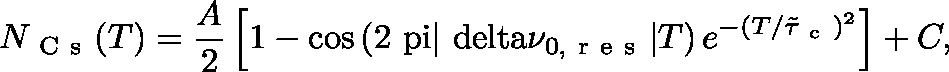
N _ { \mathrm { ~ C ~ s ~ } } ( T ) = \frac { A } { 2 } \left[ 1 - \cos \left( 2 \mathrm { \ p i } | \mathrm { \ d e l t a } \nu _ { 0 , \mathrm { ~ r ~ e ~ s ~ } } | T \right) e ^ { - ( T / \tilde { \mathit { \tau } } _ { \mathrm { ~ c ~ } } ) ^ { 2 } } \right] + C ,